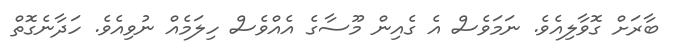
ބާރަށް ގޮވާލިއެވެ. ނަމަވެސް އެ ގެއިން މޫސާގެ އެއްވެސް ހިލަމެއް ނުވިއެވެ. ހަދާނެގޮތް